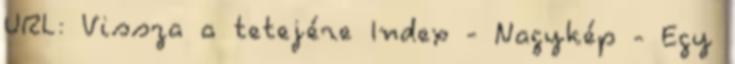
URL: Vissza a tetejére Index - Nagykép - Egy